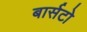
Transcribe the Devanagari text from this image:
बार्सटो